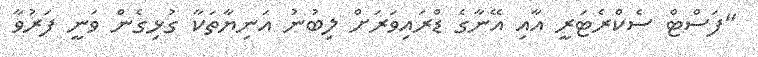
"ފަސްޓް ސެކްރެޓަރީ އާއި އޭނާގެ ޑްރައިވަރަށް ލިބުނު އަނިޔާތަކާ ގުޅިގެން ވަނީ ފަރުވާ